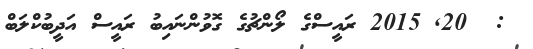
:  20